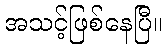
အသင့်ဖြစ်နေပြီ။